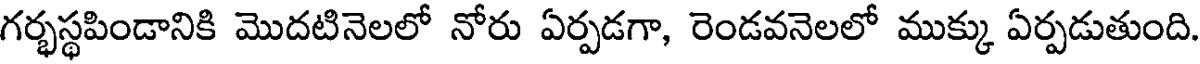
గర్భస్థపిండానికి మొదటినెలలో నోరు ఏర్పడగా, రెండవనెలలో ముక్కు ఏర్పడుతుంది